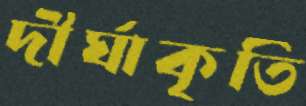
দীর্ঘাকৃতি